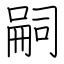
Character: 嗣